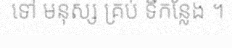
ទៅ មនុស្ស គ្រប់ ទីកន្លែង ។